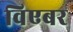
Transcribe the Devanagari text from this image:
विएबर